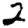
Digit: 2